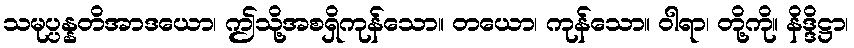
သမုပ္ပန္နတိအာဒယော၊ ဤသို့အစရှိကုန်သော။ တယော၊ ကုန်သော။ ဝါရာ၊ တို့ကို။ နိဒ္ဒိဋ္ဌာ၊